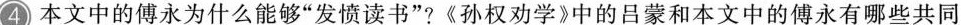
4 本文中的傅永为什么能够”发愤读书”?《孙权劝学》中的吕蒙和本文中的傅永有哪些共同